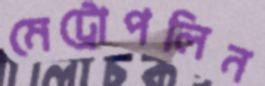
মেট্রোপলিন